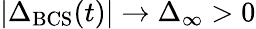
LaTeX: |\Delta_{\mathrm{BCS}}(t)|\rightarrow\Delta_{\infty}>0